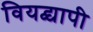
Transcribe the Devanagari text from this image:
वियद्व्यापी